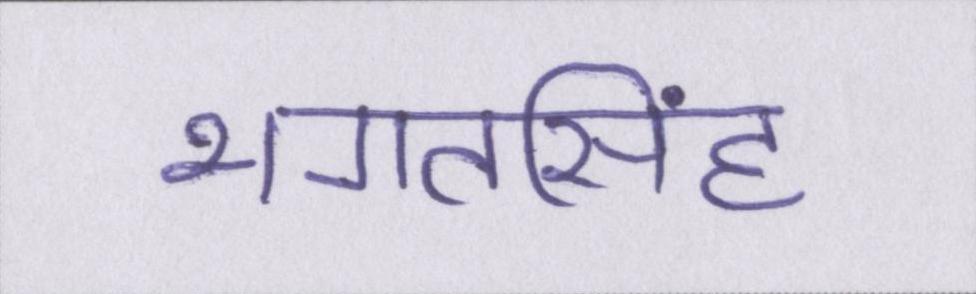
भगतसिंह